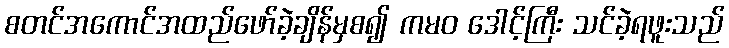
စတင်အကောင်အထည်ဖော်ခဲ့ချိန်မှစ၍ ကမဝ ဒေါင့်ကြီး သင်ခဲ့ရဖူးသည်